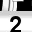
Digit: 2